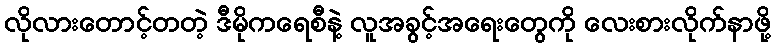
လိုလားတောင့်တတဲ့ ဒီမိုကရေစီနဲ့ လူအခွင့်အရေးတွေကို လေးစားလိုက်နာဖို့